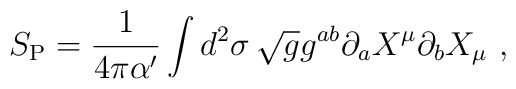
S_{\rm P} = \frac{1}{4\pi \alpha'} \int d^2 \sigma \,\sqrt{g}g^{ab} \partial_a X^\mu \partial_b X_\mu \ ,